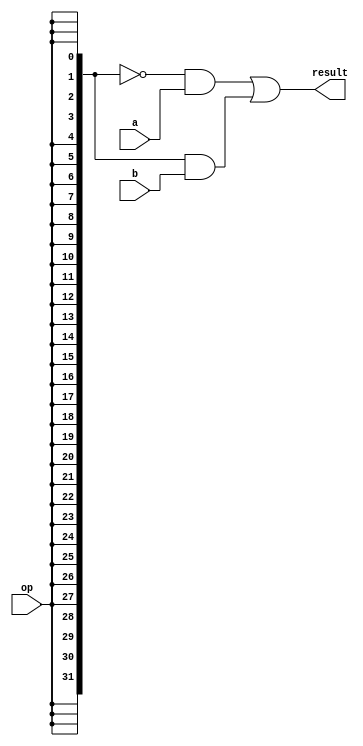
module Mux32Bit2To1(a, b, op, result);
  input [31:0] a, b;
  input op;
  output [31:0] result;

  // Duplicate the op bit 32 times and use it as the mask.
  assign result = ~{32{op}} & a | {32{op}} & b;
endmodule